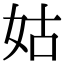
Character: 姑